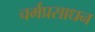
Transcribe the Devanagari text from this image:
चर्मप्रसाधन